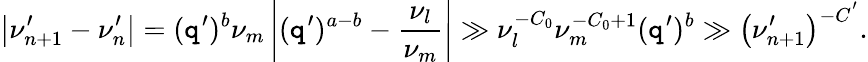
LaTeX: \left|\nu_{n+1}^{\prime}-\nu_{n}^{\prime}\right|=(\mathtt{q}^{\prime})^{b}\nu_{m}\left|(\mathtt{q}^{\prime})^{a-b}-\frac{{\nu_{l}}}{{\nu_{m}}}\right|\gg\nu_{l}^{-C_{0}}\nu_{m}^{-C_{0}+1}(\mathtt{q}^{\prime})^{b}\gg\left(\nu_{n+1}^{\prime}\right)^{-C^{'}}.